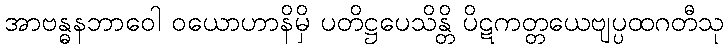
အာဗန္ဓနဘာဝေါ ဝယောဟာနိမှိ ပတိဋ္ဌပေသိန္တိ ပိဋကတ္တယေဗျပ္ပထဂတီသု